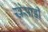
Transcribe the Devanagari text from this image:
खेसाड़ी